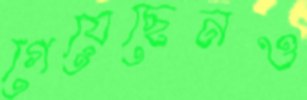
গেয়েছেনও